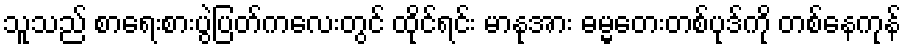
သူသည် စာရေးစားပွဲပြတ်ကလေးတွင် ထိုင်ရင်း မာနုအား ဓမ္မတေးတစ်ပုဒ်ကို တစ်နေကုန်